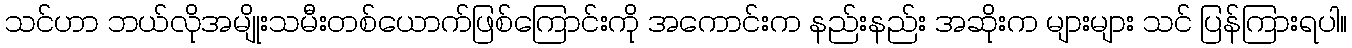
သင်ဟာ ဘယ်လိုအမျိုးသမီးတစ်ယောက်ဖြစ်ကြောင်းကို အကောင်းက နည်းနည်း အဆိုးက များများ သင် ပြန်ကြားရပါ။